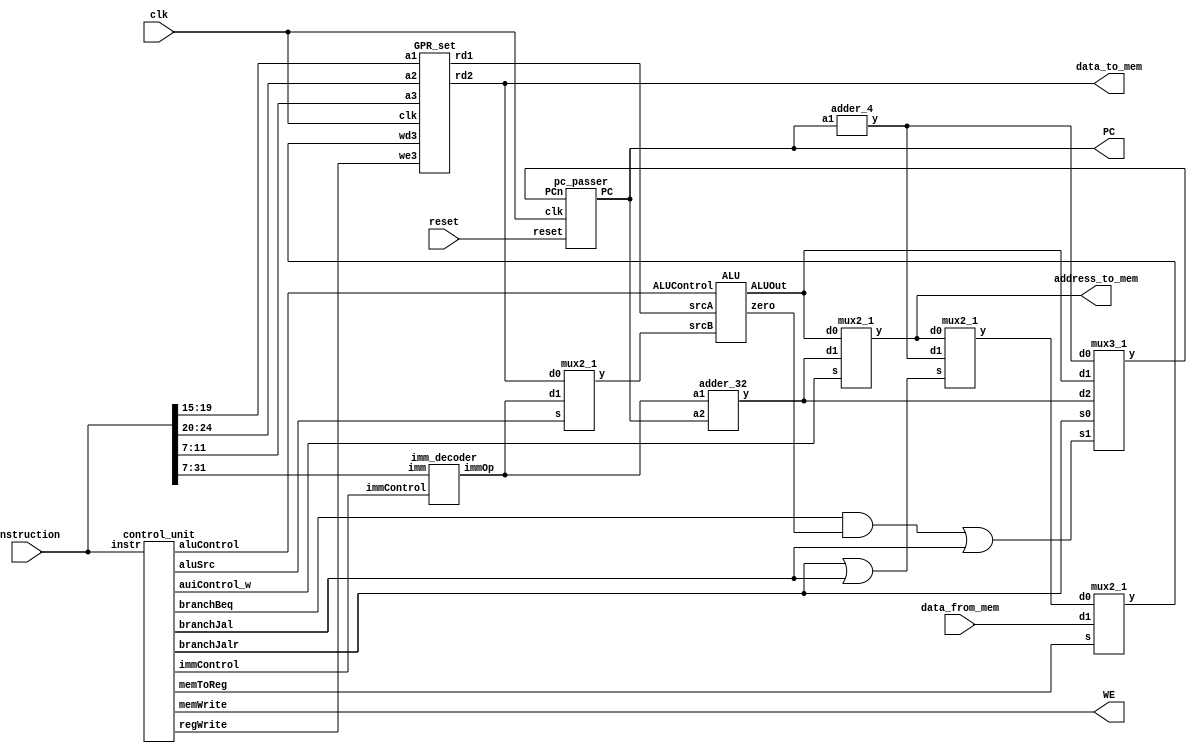
`default_nettype none
module processor( input         clk, reset,
                  output [31:0] PC,
                  input  [31:0] instruction,
                  output        WE,
                  output [31:0] address_to_mem,
                  output [31:0] data_to_mem,
                  input  [31:0] data_from_mem
                );
                
	//define wires
	wire branchJalr_w, branchJal_w, branchBeq_w, regWrite_w, memToReg_w, memWrite_w, aluSrc_w, auiControl_w;
	wire[2:0] immControl_w;
	wire[3:0] aluControl_w;
	wire[31:0] immOp_w;
	wire[31:0] srcA_w, srcB_w;
	wire[31:0] rs2_w;
	wire zero_w;
	wire[31:0] aluOut_w;
	wire[31:0] wd3_w;
	wire[31:0] pc_plus_4_w, pc_plus_imm_w;
	wire[31:0] branchmux_to_datamux_w;
	wire[31:0] PCn_w, PC_w;
	wire[31:0] auimuxout_w;
	
	control_unit CONTROL_UNIT(instruction, branchJalr_w, branchJal_w, branchBeq_w, regWrite_w, memToReg_w, 					  memWrite_w, aluSrc_w, auiControl_w,aluControl_w, immControl_w);
	
	imm_decoder IMM_DECODER( instruction[31:7], immControl_w, immOp_w);
	
	mux2_1 ALU_MUX(rs2_w, immOp_w, aluSrc_w, srcB_w);
	
	ALU ALU_3000(srcA_w, srcB_w, aluControl_w, zero_w, aluOut_w);
	
	GPR_set GPR_SET(instruction[19:15], instruction[24:20], instruction[11:7], wd3_w, regWrite_w, srcA_w, rs2_w, clk);
	
	assign address_to_mem = auimuxout_w;
	assign data_to_mem = rs2_w;
	assign WE = memWrite_w;
	
	
	mux2_1 BRANCH_WRITE_MUX(auimuxout_w, pc_plus_4_w, branchJalr_w | branchJal_w, branchmux_to_datamux_w);
	mux2_1 DATA_MUX(branchmux_to_datamux_w, data_from_mem, memToReg_w, wd3_w);
	mux2_1 AUIPC_MUX(aluOut_w, pc_plus_imm_w, auiControl_w, auimuxout_w);
	
	mux3_1 PC_MUX(pc_plus_4_w, aluOut_w, pc_plus_imm_w, (branchBeq_w & zero_w) | branchJal_w, branchJalr_w, PCn_w);
	pc_passer PC_PASSER(PCn_w, clk, reset, PC_w);
	assign PC = PC_w;
	
	adder_4 PC_4_ADDER(PC_w, pc_plus_4_w);
	adder_32 PC_IMM_ADDER(immOp_w, PC_w, pc_plus_imm_w);
    	
    	
    
endmodule

`default_nettype wire

module mux2_1(input[31:0] d0, d1,input s, output[31:0] y);
  assign y = s ? d1 : d0;
endmodule


module mux3_1(input[31:0] d0, d1, d2, input s1, s0, output[31:0] y);
	wire[31:0] w0;
	mux2_1 A(d0, d2, s1, w0);
	mux2_1 B(w0, d1, s0, y);
endmodule 

module GPR_set(input[4:0] a1, a2, a3, input[31:0] wd3, input we3, output reg[31:0] rd1, rd2, input clk);
	reg [31:0] regs[31:0];
	
	always@(*) begin	
		regs[0] = 0; 	
		rd1 = regs[a1];
		rd2 = regs[a2];
	end
	
	always@(posedge clk) begin
		if(we3) regs[a3]=wd3;	
	end
endmodule


module adder_32(input[31:0] a1, a2, output [31:0] y);
	assign y = a1 + a2;
endmodule

module adder_4(input[31:0] a1, output [31:0] y);
	assign y = a1 + 4;
endmodule

// 0000 (+), 0001 (-), 0010 (<), 0011 (&), 0100 (BYTE+), 0101 (FILL_TO_32), 0110 (sll), 0111 (srl), 1000 (sra) 
module ALU(input signed [31:0] srcA, srcB, input[3:0] ALUControl, output reg zero, output reg[31:0] ALUOut);
	always@(*) begin
		case(ALUControl)
			4'b0000:  ALUOut = srcA + srcB;
			4'b0001:  ALUOut = srcA - srcB;
			4'b0010:  ALUOut = (srcA < srcB) ? 1 : 0 ;
			4'b0011:  ALUOut = srcA & srcB;
			4'b0100:  ALUOut = { srcA[31:24] + srcB[31:24], srcA[23:16] + srcB[23:16], srcA[15:8] + srcB[15:8], srcA[7:0] + srcB[7:0]};
			
			4'b0101:  ALUOut = { srcB[31:12], 12'b0};
			4'b0110:  ALUOut = srcA << srcB;
			4'b0111:  ALUOut = ( $unsigned(srcA) >> (srcB) );
			4'b1000:  ALUOut = ( $signed(srcA) >> (srcB) );
			
		default:
			ALUOut = 32'b11111111111111111111111111111111;
		endcase
		if(ALUOut == 0) zero = 1;
		else zero = 0;
	end
endmodule

// 000 (addi, lw, jalr), 001 (sw), 010 (beq), 011(lui, auipc), 100(jal)   
module imm_decoder(input[31:7] imm, input[2:0] immControl, output reg[31:0] immOp);
	always@(*) begin
		case(immControl)
			3'b000: immOp = { {20{imm[31]}}, imm[31:20] };
			3'b001: immOp = { {20{imm[31]}}, imm[31:25], imm[11:7] };
			3'b010: immOp = { {19{imm[31]}}, imm[31], imm[7], imm[30:25], imm[11:8], 1'b0 };
			3'b011: immOp = { imm[31:12], 12'b0 };
			3'b100: immOp = { {11{imm[31]}}, imm[31], imm[19:12], imm[20], imm[30:21], 1'b0 };
		default:
			immOp = 32'b0;
		endcase
	end
endmodule

module control_unit(input[31:0] instr, output reg branchJalr, branchJal, branchBeq, regWrite, memToReg, memWrite, aluSrc, auiControl_w 						,output reg[3:0] aluControl, output reg[2:0] immControl);
	always@(*)begin
		//check opcode
		case(instr[6:0])
			//R - type (add, and, sub, slt, sll, srl, sra)	
			7'b0110011: begin
				case(instr[14:12])
					//add, sub
					3'b000: begin
						case(instr[31:25])
							//add
							7'b0000000: begin
								immControl = 3'b000;
								aluSrc = 0;
								aluControl = 4'b0000;
								memWrite = 0;
								memToReg = 0;
								regWrite = 1;
								branchBeq = 0;
								branchJal = 0;
								branchJalr = 0;
								auiControl_w = 0;
							end
							//sub
							7'b0100000: begin
								immControl = 3'b000;
								aluSrc = 0;
								aluControl = 4'b0001;
								memWrite = 0;
								memToReg = 0;
								regWrite = 1;
								branchBeq = 0;
								branchJal = 0;
								branchJalr = 0;
								auiControl_w = 0;
							end
						default: immControl = 3'b111;
						endcase
					end
					//and
					3'b111: begin
						immControl = 3'b000;
						aluSrc = 0;
						aluControl = 4'b0011;
						memWrite = 0;
						memToReg = 0;
						regWrite = 1;
						branchBeq = 0;
						branchJal = 0;
						branchJalr = 0;
						auiControl_w = 0;
					end
					//slt
					3'b010: begin
						immControl = 3'b000;
						aluSrc = 0;
						aluControl = 4'b0010;
						memWrite = 0;
						memToReg = 0;
						regWrite = 1;
						branchBeq = 0;
						branchJal = 0;
						branchJalr = 0;
						auiControl_w = 0;
					end
					//sll
					3'b001: begin
						immControl = 3'b000;
						aluSrc = 0;
						aluControl = 4'b0110;
						memWrite = 0;
						memToReg = 0;
						regWrite = 1;
						branchBeq = 0;
						branchJal = 0;
						branchJalr = 0;
						auiControl_w = 0;
					end
					//srl, sra
					3'b101: begin
						case(instr[31:25])
							//srl
							7'b0000000: begin
								immControl = 3'b000;
								aluSrc = 0;
								aluControl = 4'b0111;
								memWrite = 0;
								memToReg = 0;
								regWrite = 1;
								branchBeq = 0;
								branchJal = 0;
								branchJalr = 0;
								auiControl_w = 0;
							end
							//sra
							7'b0100000: begin
								immControl = 3'b000;
								aluSrc = 0;
								aluControl = 4'b1000;
								memWrite = 0;
								memToReg = 0;
								regWrite = 1;
								branchBeq = 0;
								branchJal = 0;
								branchJalr = 0;
								auiControl_w = 0;
							end
						default: immControl = 3'b111;
						endcase
					end
				default: immControl = 3'b111;
				endcase
			end
			//I - type (addi)
			7'b0010011: begin
				immControl = 3'b000;
				aluSrc = 1;
				aluControl = 4'b0000;
				memWrite = 0;
				memToReg = 0;
				regWrite = 1;
				branchBeq = 0;
				branchJal = 0;
				branchJalr = 0;
				auiControl_w = 0;
			end
			//I - type (lw)
			7'b0000011: begin
				immControl = 3'b000;
				aluSrc = 1;
				aluControl = 4'b0000;
				memWrite = 0;
				memToReg = 1;
				regWrite = 1;
				branchBeq = 0;
				branchJal = 0;
				branchJalr = 0;
				auiControl_w = 0;
			end
			//I - type (jalr)
			7'b1100111: begin
				immControl = 3'b000;
				aluSrc = 1;
				aluControl = 4'b0000;
				memWrite = 0;
				memToReg = 0;
				regWrite = 1;
				branchBeq = 0;
				branchJal = 0;
				branchJalr = 1;
				auiControl_w = 0;
			end
			//B - type (beq)
			7'b1100011: begin
				immControl = 3'b010;
				aluSrc = 0;
				aluControl = 4'b0001;
				memWrite = 0;
				memToReg = 0;
				regWrite = 0;
				branchBeq = 1;
				branchJal = 0;
				branchJalr = 0;
				auiControl_w = 0;
			end
			//S - type (sw)
			7'b0100011: begin
				immControl = 3'b001;
				aluSrc = 1;
				aluControl = 4'b0000;
				memWrite = 1;
				memToReg = 1;
				regWrite = 0;
				branchBeq = 0;
				branchJal = 0;
				branchJalr = 0;
				auiControl_w = 0;
			end
			//U - type (lui)
			7'b0110111: begin
				immControl = 3'b011;
				aluSrc = 1;
				aluControl = 4'b0101;
				memWrite = 0;
				memToReg = 0;
				regWrite = 1;
				branchBeq = 0;
				branchJal = 0;
				branchJalr = 0;
				auiControl_w = 0;	
			end
			//J - type (jal)
			7'b1101111: begin
				immControl = 3'b100;
				aluSrc = 0;
				aluControl = 4'b0000;
				memWrite = 0;
				memToReg = 0;
				regWrite = 1;
				branchBeq = 0;
				branchJal = 1;
				branchJalr = 0;
				auiControl_w = 0;
			end
			//qb - type (addu.qb)
			7'b0001011: begin
				immControl = 3'b000;
				aluSrc = 0;
				aluControl = 4'b0100;
				memWrite = 0;
				memToReg = 0;
				regWrite = 1;
				branchBeq = 0;
				branchJal = 0;
				branchJalr = 0;
				auiControl_w = 0;
			end
			//auipc - type (auipc)
			7'b0010111: begin
				immControl = 3'b011;
				aluSrc = 1;
				aluControl = 4'b0100;
				memWrite = 0;
				memToReg = 0;
				regWrite = 1;
				branchBeq = 0;
				branchJal = 0;
				branchJalr = 0;
				auiControl_w = 1;
			end
		default: immControl = 3'b111;	
		endcase
	end


endmodule

module pc_passer(input[31:0] PCn, input clk, input reset, output reg[31:0] PC);
	always@(posedge clk) begin
		if(reset == 1) PC = 31'b0;
		else PC = PCn;
	end
endmodule